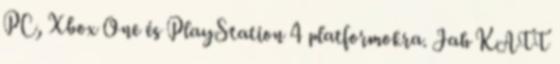
PC, Xbox One és PlayStation 4 platformokra. Jah KATT